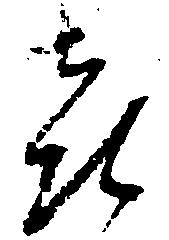
喜